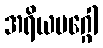
အရိယမဂ္ဂေါ